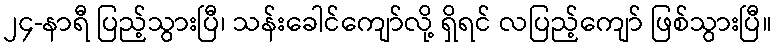
၂၄-နာရီ ပြည့်သွားပြီ၊ သန်းခေါင်ကျော်လို့ ရှိရင် လပြည့်ကျော် ဖြစ်သွားပြီ။